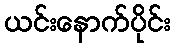
ယင်းနောက်ပိုင်း